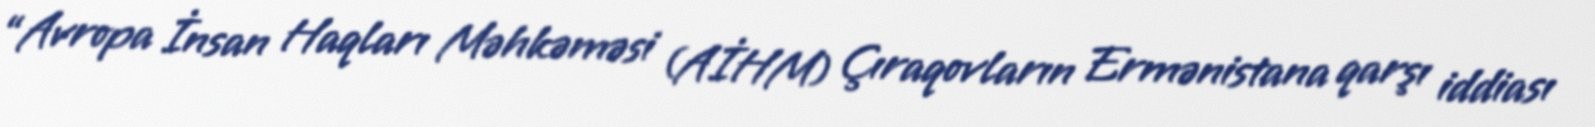
“Avropa İnsan Haqları Məhkəməsi (AİHM) Çıraqovların Ermənistana qarşı iddiası